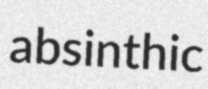
absinthic